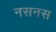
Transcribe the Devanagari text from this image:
नसनस